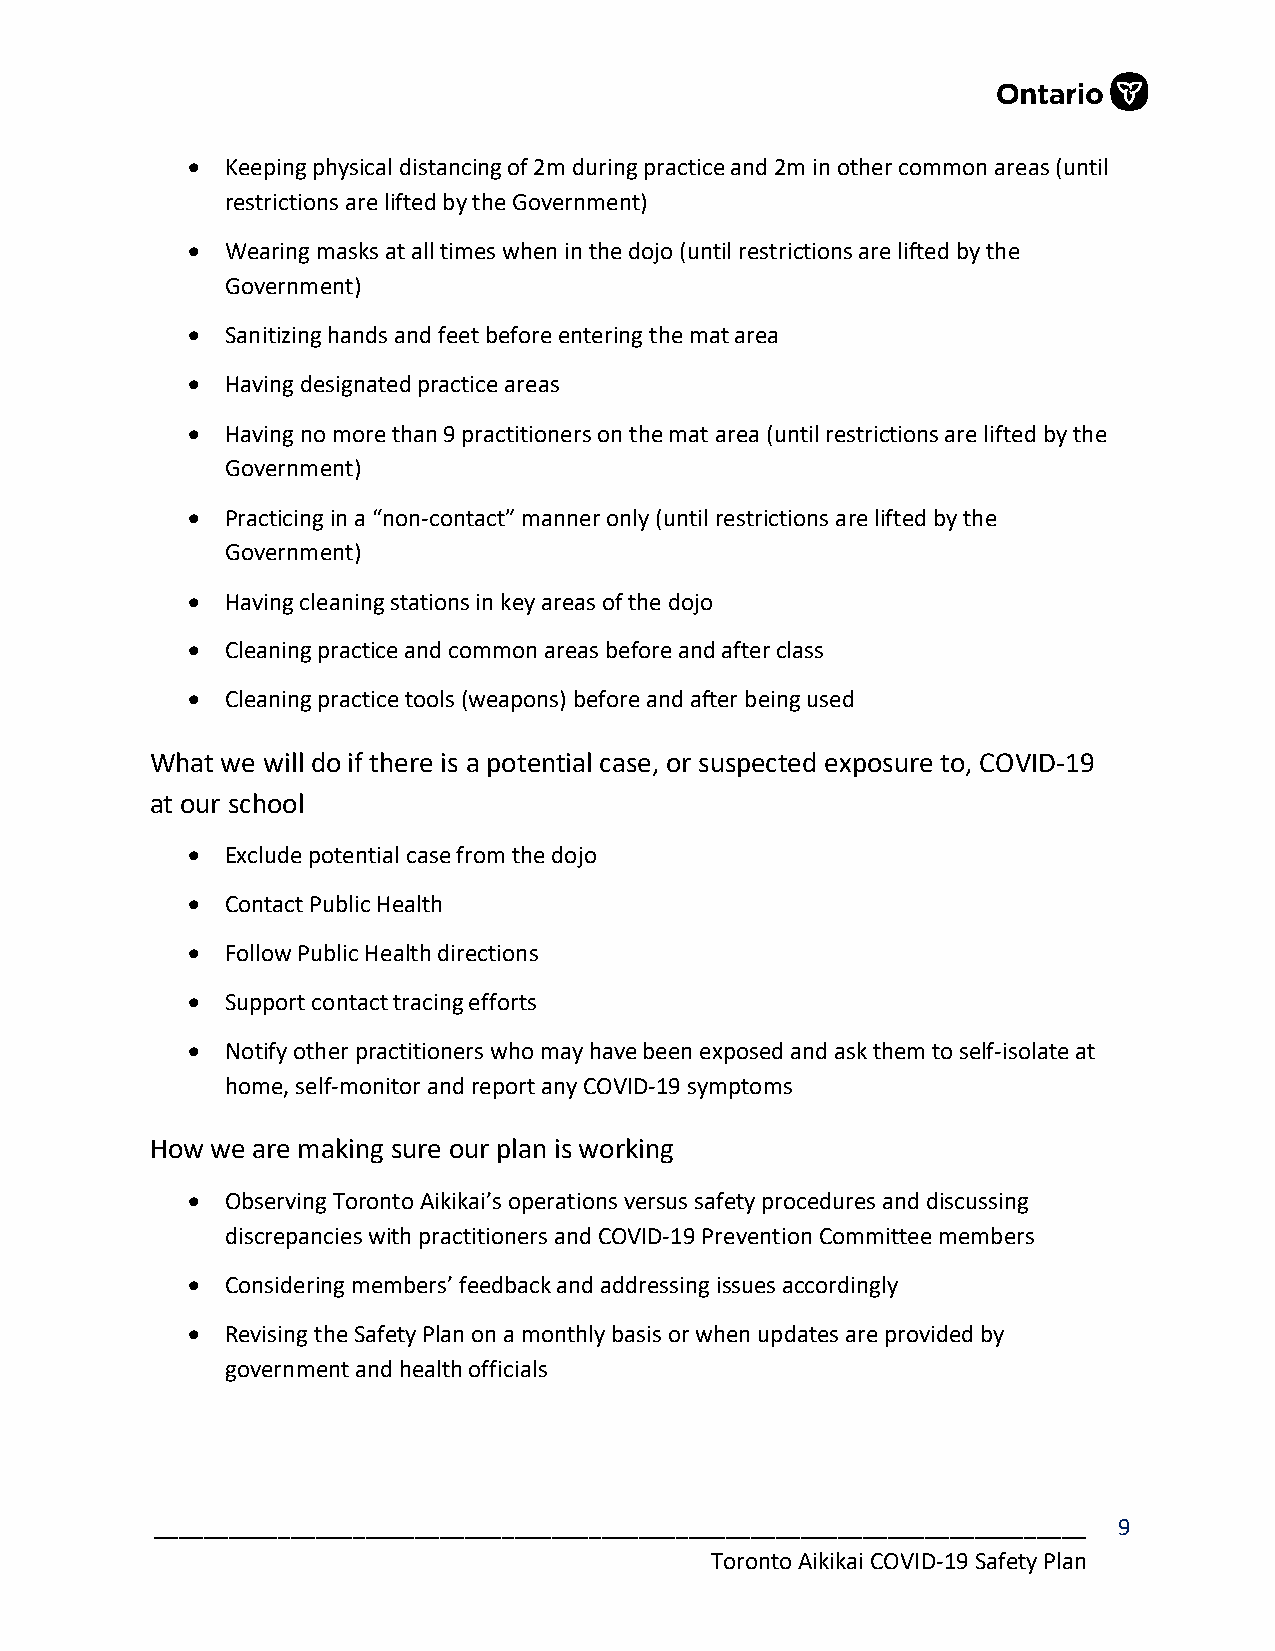
  Keeping physical distancing of 2m during practice and 2m in other common areas (until
 restrictions are lifted by the Government)
   Wearing masks at all times when in the dojo (until restrictions are lifted by the
 Government)
   Sanitizing hands and feet before entering the mat area
   Having designated practice areas
   Having no more than 9 practitioners on the mat area (until restrictions are lifted by the
 Government)
   Practicing in a “non-contact” manner only (until restrictions are lifted by the
 Government)
   Having cleaning stations in key areas of the dojo
   Cleaning practice and common areas before and after class
   Cleaning practice tools (weapons) before and after being used
 What we will do if there is a potential case, or suspected exposure to, COVID-19
 at our school
   Exclude potential case from the dojo
   Contact Public Health
   Follow Public Health directions
   Support contact tracing efforts
   Notify other practitioners who may have been exposed and ask them to self-isolate at
 home, self-monitor and report any COVID-19 symptoms
 How we are making sure our plan is working
   Observing Toronto Aikikai’s operations versus safety procedures and discussing
 discrepancies with practitioners and COVID-19 Prevention Committee members
   Considering members’ feedback and addressing issues accordingly
   Revising the Safety Plan on a monthly basis or when updates are provided by
 government and health officials
 ___________________________________________________________________________ 9
 Toronto Aikikai COVID-19 Safety Plan